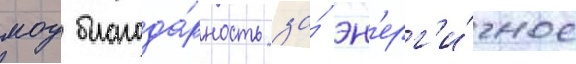
моу благода́рность за́ эн'ерг'и́чное